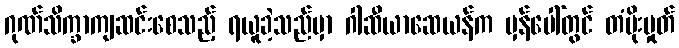
ဂုဏ်သိက္ခာကျဆင်းစေသည့် ရယူခဲ့သည်မှာ ဂါဆီယာဆေယန်က မှန်ပေါ်တွင် တံပိုးမှုတ်